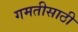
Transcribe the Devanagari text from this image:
गमतीसाठी